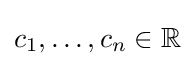
c_{1},\dots ,c_{n}\in \mathbb {R}